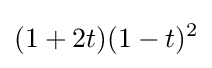
(1+2t)(1-t)^{2}